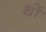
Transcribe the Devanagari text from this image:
थों